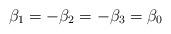
LaTeX: \begin{align*}\beta_1=-\beta_2=-\beta_3=\beta_0\end{align*}